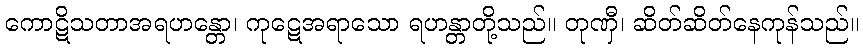
ကောဋိသတာအရဟန္တော၊ ကုဋေအရာသော ရဟန္တာတို့သည်။ တုဏှီ၊ ဆိတ်ဆိတ်နေကုန်သည်။